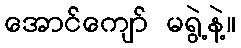
အောင်ကျော် မရွဲ့နဲ့။